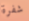
شفرة